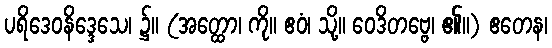
ပရိဒေဝနိဒ္ဒေသေ၊ ၌။ (အတ္ထော၊ ကို။ ဧဝံ၊ သို့။ ဝေဒိတဗ္ဗေ၊ ၏။) ဧတေန၊